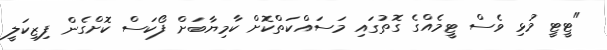
"ޓީޓީ މުޅި ވެސް ޓީމެެއްގެ ގޮތުގައި މަސައްކަތްކޮށް ކާމިޔާބަށް ފޯކަސް ކޮށްގެން ފިޒިކަލީ